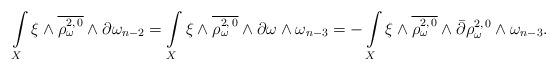
LaTeX: \begin{align*} \int\limits_X \xi \wedge \overline{\rho_\omega^{2,\,0}} \wedge \partial\omega_{n-2}= \int\limits_X \xi \wedge \overline{\rho_\omega^{2,\,0}} \wedge \partial\omega\wedge\omega_{n-3}= - \int\limits_X \xi \wedge \overline{\rho_\omega^{2,\,0}} \wedge \bar\partial \rho_\omega^{2,\,0}\wedge\omega_{n-3}.\end{align*}